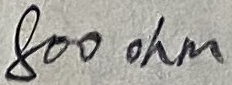
Text: 800ohm